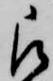
被